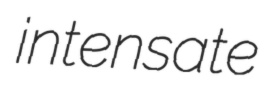
intensate